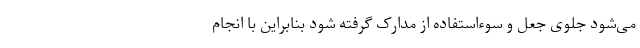
می‌شود جلوی جعل و سوءاستفاده از مدارک گرفته شود بنابراین با انجام